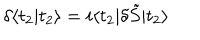
\delta \langle t _ { 2 } | t _ { 2 } \rangle = i \langle t _ { 2 } | \delta \tilde { S } | t _ { 2 } \rangle